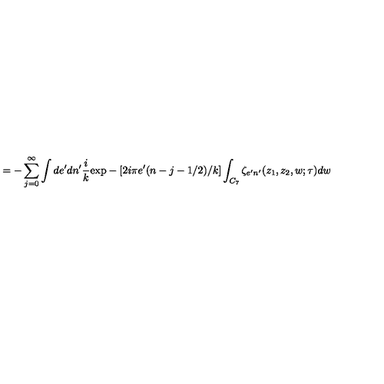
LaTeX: = - \sum _ { j = 0 } ^ { \infty } \int d e ^ { \prime } d n ^ { \prime } \frac { i } { k } \mathrm { e x p } - [ 2 i \pi e ^ { \prime } ( n - j - 1 / 2 ) / k ] \int _ { C _ { 7 } } \zeta _ { e ^ { \prime } n ^ { \prime } } ( z _ { 1 } , z _ { 2 } , w ; \tau ) d w